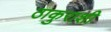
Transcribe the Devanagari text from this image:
ठाकुराशी